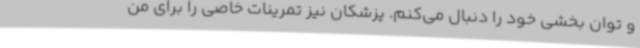
و توان بخشی خود را دنبال می‌کنم. پزشکان نیز تمرینات خاصی را برای من